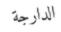
الدارجة